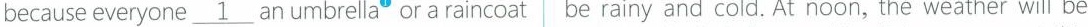
because everyone\underline{1} an umbrella^{①} or a raincoat |be rainy and cold. At noon, the weather will be